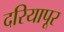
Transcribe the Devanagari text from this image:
दरियापूर